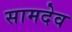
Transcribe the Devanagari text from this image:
सामदेव